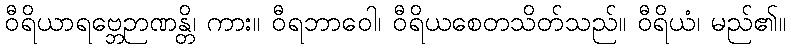
ဝီရိယာရဗ္ဘေဉာဏန္တိ၊ ကား။ ဝီရဘာဝေါ၊ ဝီရိယစေတသိတ်သည်။ ဝီရိယံ၊ မည်၏။